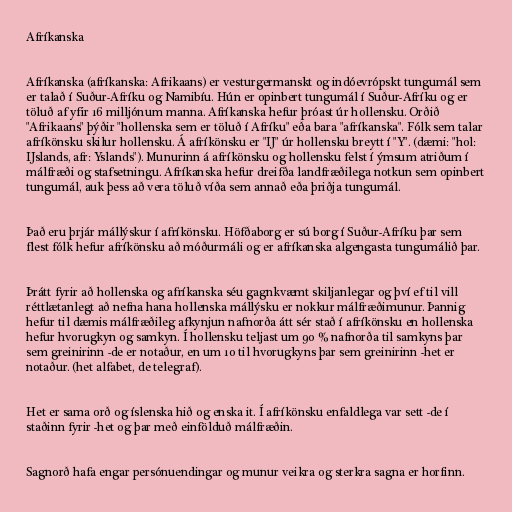
Afríkanska

Afríkanska (afríkanska: Afrikaans) er vesturgermanskt og indóevrópskt tungumál sem
er talað í Suður-Afríku og Namibíu. Hún er opinbert tungumál í Suður-Afríku og er
töluð af yfir 16 milljónum manna. Afríkanska hefur þróast úr hollensku. Orðið
"Afrikaans" þýðir "hollenska sem er töluð í Afríku" eða bara "afríkanska". Fólk sem talar
afríkönsku skilur hollensku. Á afríkönsku er "IJ" úr hollensku breytt í "Y". (dæmi: "hol:
IJslands, afr: Yslands"). Munurinn á afríkönsku og hollensku felst í ýmsum atriðum í
málfræði og stafsetningu. Afríkanska hefur dreifða landfræðilega notkun sem opinbert
tungumál, auk þess að vera töluð víða sem annað eða þriðja tungumál.

Það eru þrjár mállýskur í afríkönsku. Höfðaborg er sú borg í Suður-Afríku þar sem
flest fólk hefur afríkönsku að móðurmáli og er afríkanska algengasta tungumálið þar.

Þrátt fyrir að hollenska og afríkanska séu gagnkvæmt skiljanlegar og því ef til vill
réttlætanlegt að nefna hana hollenska mállýsku er nokkur málfræðimunur. Þannig
hefur til dæmis málfræðileg afkynjun nafnorða átt sér stað í afríkönsku en hollenska
hefur hvorugkyn og samkyn. Í hollensku teljast um 90 % nafnorða til samkyns þar
sem greinirinn -de er notaður, en um 10 til hvorugkyns þar sem greinirinn -het er
notaður. (het alfabet, de telegraf).

Het er sama orð og íslenska hið og enska it. Í afríkönsku enfaldlega var sett -de í
staðinn fyrir -het og þar með einfölduð málfræðin.

Sagnorð hafa engar persónuendingar og munur veikra og sterkra sagna er horfinn.